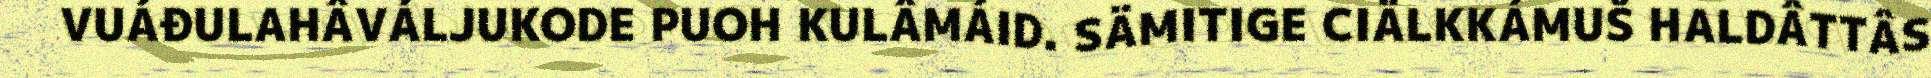
VUÁĐULAHÂVÁLJUKODE PUOH KULÂMÁID. SÄMITIGE CIÄLKKÁMUŠ HALDÂTTÂS